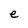
Character: e